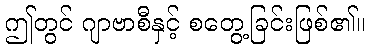
ဤတွင် ဂျာဗာစီနှင့် စတွေ့ခြင်းဖြစ်၏။